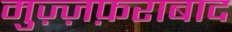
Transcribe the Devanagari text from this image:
मुज़्ज़फ़राबाद